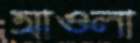
আওলা